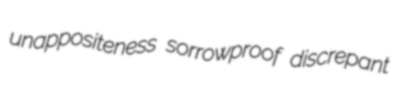
unappositeness sorrowproof discrepant